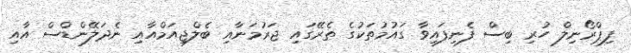
ފިޕްރޯނިލް ހުރި ބިސް ފެނިފައިވާ ގައުމުތަކުގެ ތެރޭގައި ޖަރުމަނާއި ބެލްޖިއަމްއާއި ނެދަލޭންޑްސް އާއި